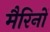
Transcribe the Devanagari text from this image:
मैरिनों